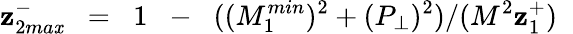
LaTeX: \mathbf{z}_{2ma\mathit{x}}^{-}\; \; =\; \; 1\; \; -\; \; ((M_{1}^{min})^{2}+(P_{\perp})^{2})/(M^{2}\mathbf{z}_{1}^{+})\; \;